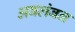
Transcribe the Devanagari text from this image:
अबलंबन